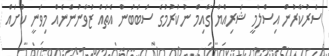
ސަރުކާރުން އިސްލާމީ ޝަރިއްޔާ ގާއިމް ނުކުރުމުގެ ސަބަބުން އެތައް ޒުވާނުންނެއް މިވަނީ ކުށައް